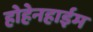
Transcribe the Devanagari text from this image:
होहेनहाईम